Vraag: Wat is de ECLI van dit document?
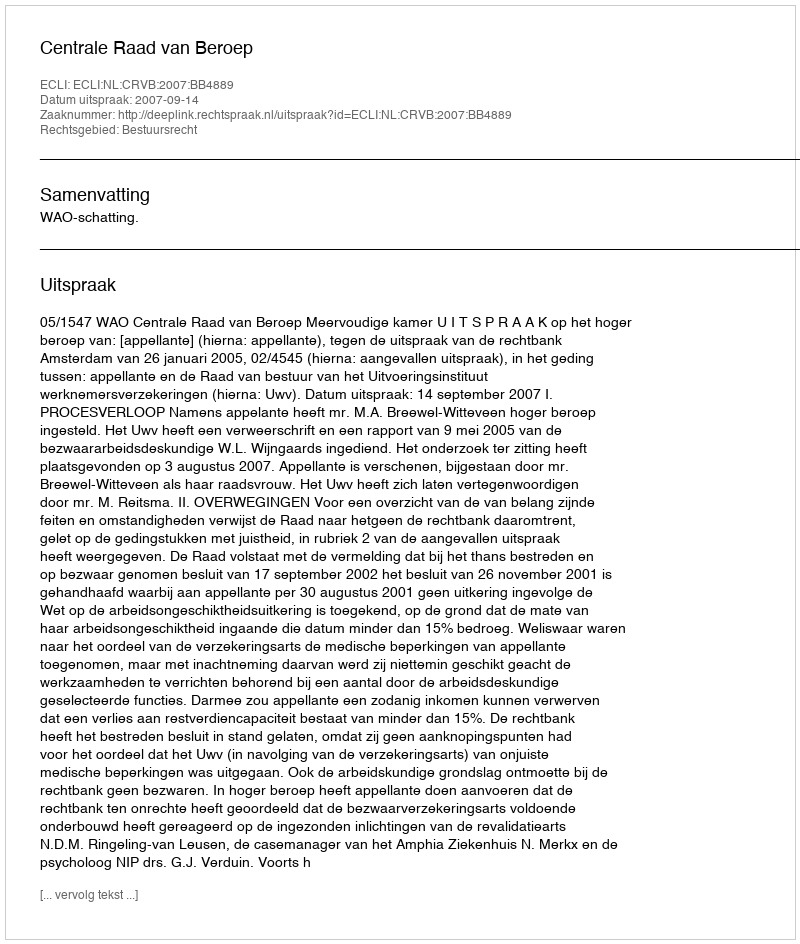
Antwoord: ECLI:NL:CRVB:2007:BB4889